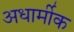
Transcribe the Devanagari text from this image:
अधार्मीक